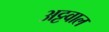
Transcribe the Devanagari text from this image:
अट्टवाल